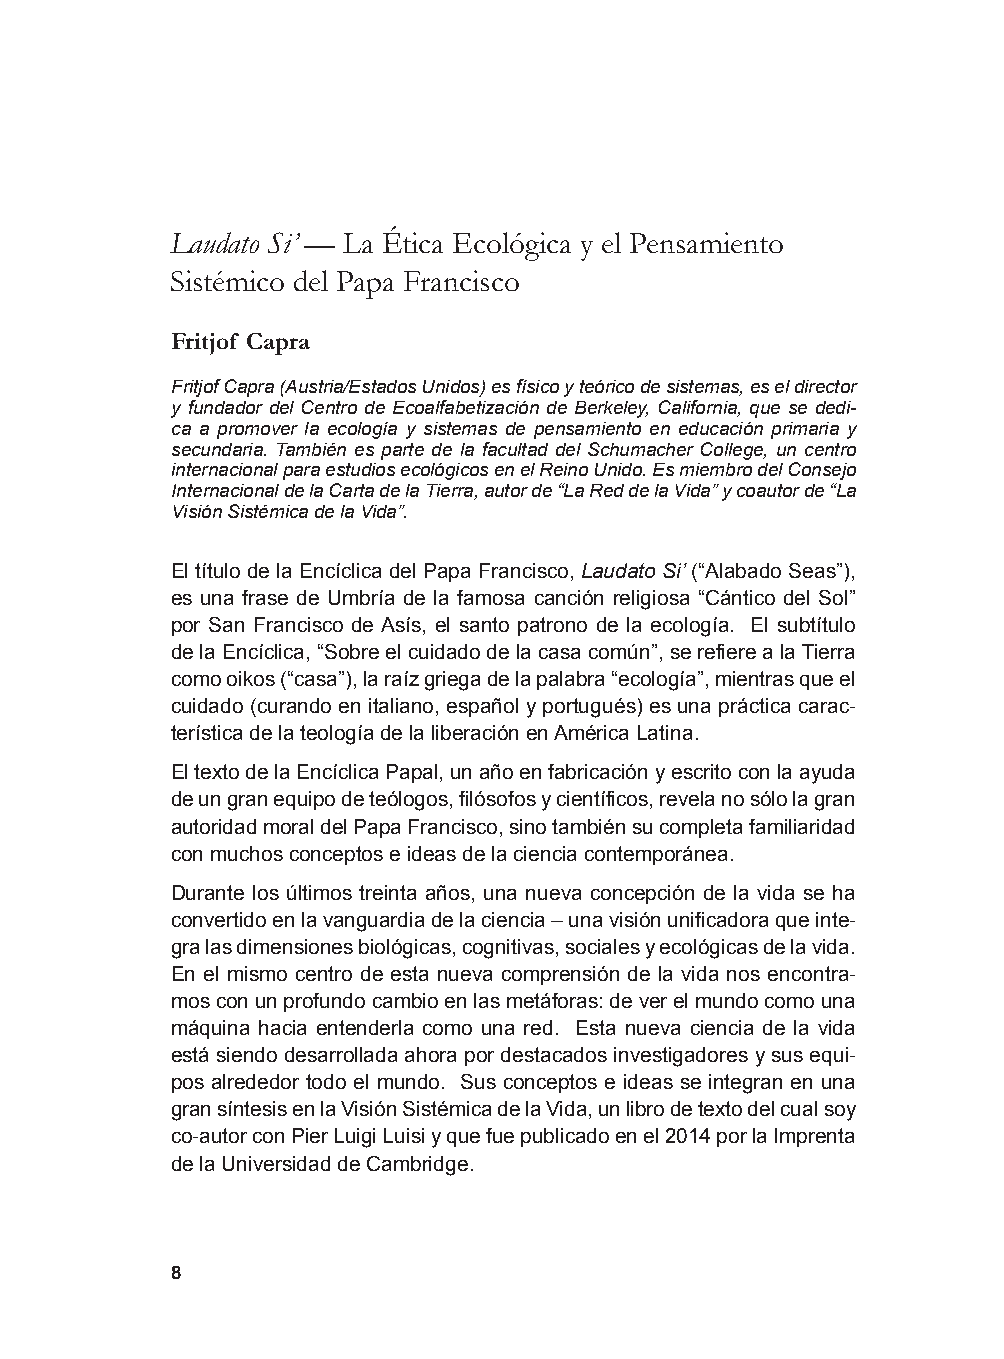
Laudato Si’ — La Ética Ecológica y el Pensamiento
 Sistémico del Papa Francisco
 Fritjof Capra
 Fritjof Capra (Austria/Estados Unidos) es físico y teórico de sistemas, es el director
 y fundador del Centro de Ecoalfabetización de Berkeley, California, que se dedi-
 ca a promover la ecología y sistemas de pensamiento en educación primaria y
 secundaria. También es parte de la facultad del Schumacher College, un centro
 internacional para estudios ecológicos en el Reino Unido. Es miembro del Consejo
 Internacional de la Carta de la Tierra, autor de “La Red de la Vida” y coautor de “La
 Visión Sistémica de la Vida”.
 El título de la Encíclica del Papa Francisco, Laudato Si’ (“Alabado Seas”),
 es una frase de Umbría de la famosa canción religiosa “Cántico del Sol”
 por San Francisco de Asís, el santo patrono de la ecología. El subtítulo
 de la Encíclica, “Sobre el cuidado de la casa común”, se refiere a la Tierra
 como oikos (“casa”), la raíz griega de la palabra “ecología”, mientras que el
 cuidado (curando en italiano, español y portugués) es una práctica carac-
 terística de la teología de la liberación en América Latina.
 El texto de la Encíclica Papal, un año en fabricación y escrito con la ayuda
 de un gran equipo de teólogos, filósofos y científicos, revela no sólo la gran
 autoridad moral del Papa Francisco, sino también su completa familiaridad
 con muchos conceptos e ideas de la ciencia contemporánea.
 Durante los últimos treinta años, una nueva concepción de la vida se ha
 convertido en la vanguardia de la ciencia – una visión unificadora que inte-
 gra las dimensiones biológicas, cognitivas, sociales y ecológicas de la vida.
 En el mismo centro de esta nueva comprensión de la vida nos encontra-
 mos con un profundo cambio en las metáforas: de ver el mundo como una
 máquina hacia entenderla como una red. Esta nueva ciencia de la vida
 está siendo desarrollada ahora por destacados investigadores y sus equi-
 pos alrededor todo el mundo. Sus conceptos e ideas se integran en una
 gran síntesis en la Visión Sistémica de la Vida, un libro de texto del cual soy
 co-autor con Pier Luigi Luisi y que fue publicado en el 2014 por la Imprenta
 de la Universidad de Cambridge.
 8